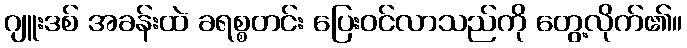
ဂျူးဒစ် အခန်းထဲ ခရစ္စတင်း ပြေးဝင်လာသည်ကို တွေ့လိုက်၏။